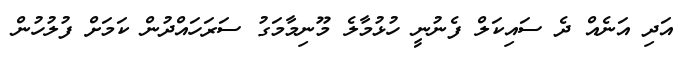
އަދި އަނެއް ދެ ސައިކަލް ފެނުނީ ހުޅުމާލެ މޫނިމާމަގު ސަރަހައްދުން ކަމަށް ފުލުހުން